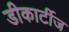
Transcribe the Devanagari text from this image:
डीकार्टीज